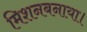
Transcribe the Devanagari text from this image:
मिशनबनाया।